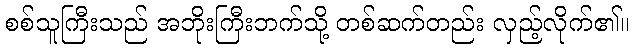
စစ်သူကြီးသည် အဘိုးကြီးဘက်သို့ တစ်ဆက်တည်း လှည့်လိုက်၏။